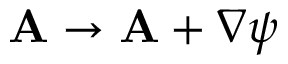
\mathbf { A } \rightarrow \mathbf { A } + \nabla \psi